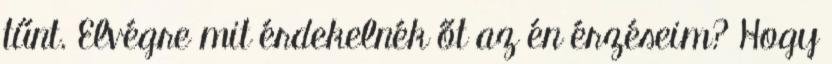
tűnt. Elvégre mit érdekelnék őt az én érzéseim? Hogy